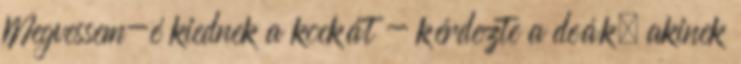
Megvessem-é kiednek a kockát - kérdezte a deák, akinek